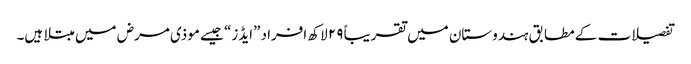
تفصیلات کے مطابق ہندوستان میں تقریباً ۲۹ لاکھ افراد ”ایڈز“ جیسے موذی مرض میں مبتلا ہیں۔